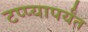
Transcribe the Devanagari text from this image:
टप्प्यापर्यंत